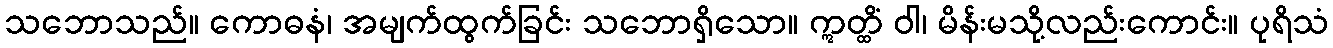
သဘောသည်။ ကောဓနံ၊ အမျက်ထွက်ခြင်း သဘောရှိသော။ ဣတ္ထိံ ဝါ၊ မိန်းမသို့လည်းကောင်း။ ပုရိသံ